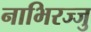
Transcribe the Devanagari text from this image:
नाभिरज्जु